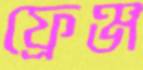
ফ্রেঞ্জ